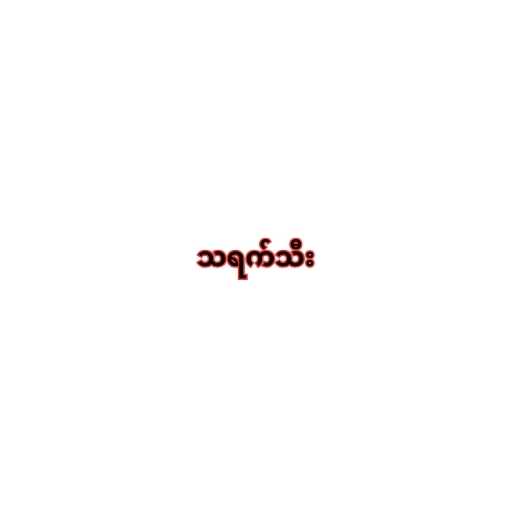
သရက်သီး